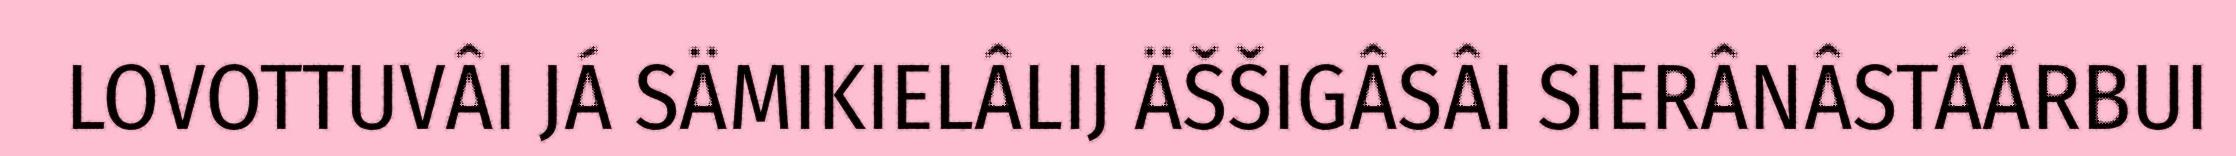
LOVOTTUVÂI JÁ SÄMIKIELÂLIJ ÄŠŠIGÂSÂI SIERÂNÂSTÁÁRBUI